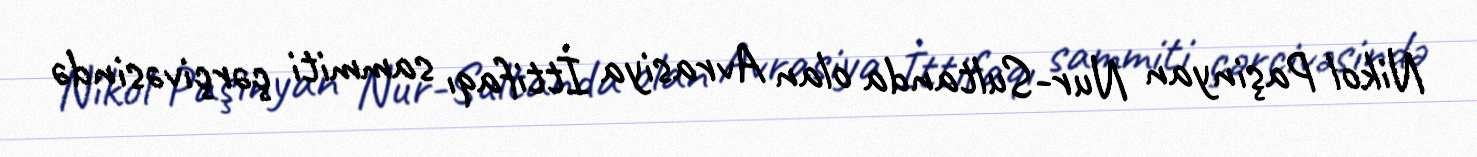
Nikol Paşinyan Nur-Sultanda olan Avrasiya İttifaqı sammiti çərçivəsində